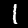
Label: 1